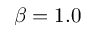
\beta = 1 . 0